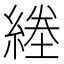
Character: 𦂙